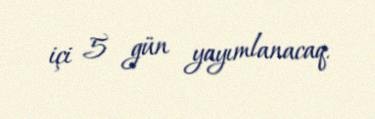
içi 5 gün yayımlanacaq.